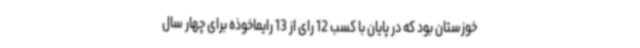
خوزستان بود که در پایان با کسب 12 رای از 13 رایماخوذه برای چهار سال